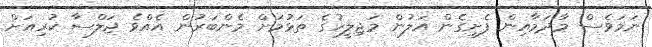
ނަމަވެސް މާދަމާއިން ފެށިގެން އަލުން މަޖިލީހުގެ ތަޅުމަށް މެންބަރުން އެއްވެ ޖަލްސާ ކުރިއަށް